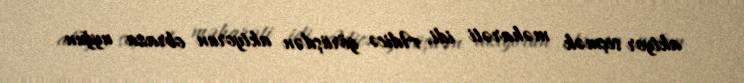
aktyor seçmək məharəti idi. Adicə görüşdən aktyorun obraza uyğun